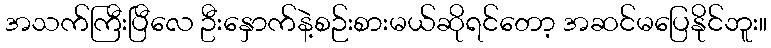
အသက်ကြီးပြီလေ ဦးနှောက်နဲ့စဉ်းစားမယ်ဆိုရင်တော့ အဆင်မပြေနိုင်ဘူး။